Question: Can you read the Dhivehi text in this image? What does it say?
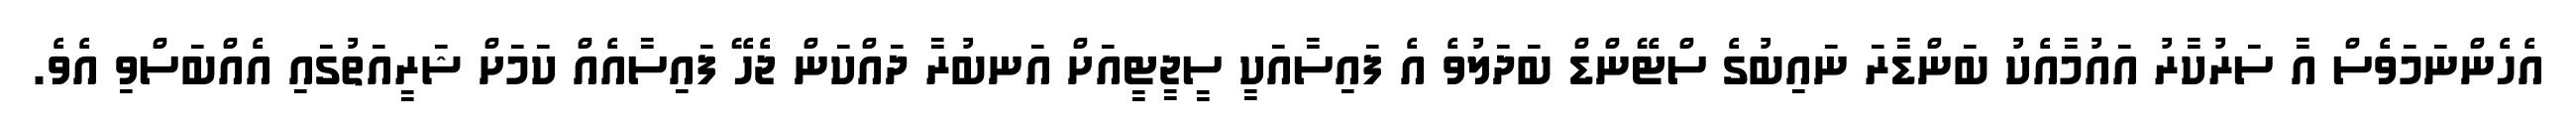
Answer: އެހެންނަމަވެސް އާ ސަރުކާރު އައުމާއެކު ބަންޑާރަ ނައިބުގެ ސްޓޭންޑް ބަދަލުވެ އެ ފައިސާއަކީ ސީޖީޓީއަށް އަނބުރާ ދައްކަން ޖެހޭ ފައިސާއެއް ކަމަށް ޝަރީއަތުގައި އެއްބަސްވި އެވެ.